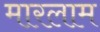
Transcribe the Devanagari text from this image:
मारलाम